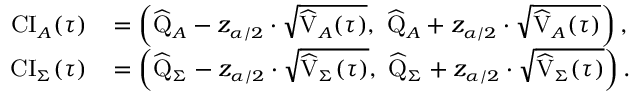
\small \begin{array} { r l } { \mathrm { C I } _ { A } ( \tau ) } & { = \left( \widehat { \mathrm { Q } } _ { A } - { z _ { \alpha / 2 } } \cdot \sqrt { \widehat { \mathrm { V } } _ { A } ( \tau ) } , \, \, \widehat { \mathrm { Q } } _ { A } + { z _ { \alpha / 2 } } \cdot \sqrt { \widehat { \mathrm { V } } _ { A } ( \tau ) } \right) , } \\ { \mathrm { C I } _ { \Sigma } ( \tau ) } & { = \left( \widehat { \mathrm { Q } } _ { \Sigma } - { z _ { \alpha / 2 } } \cdot \sqrt { \widehat { \mathrm { V } } _ { \Sigma } ( \tau ) } , \, \, \widehat { \mathrm { Q } } _ { \Sigma } + { z _ { \alpha / 2 } } \cdot \sqrt { \widehat { \mathrm { V } } _ { \Sigma } ( \tau ) } \right) . } \end{array}